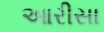
આરીસા